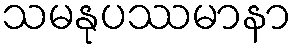
သမနုပဿမာနာ